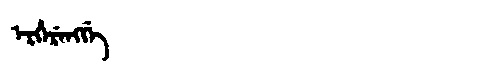
Manchu: ᡝᡵᡥᡝᡵᡝᠩᡤᡝ
Romanization: ERHERENGGE